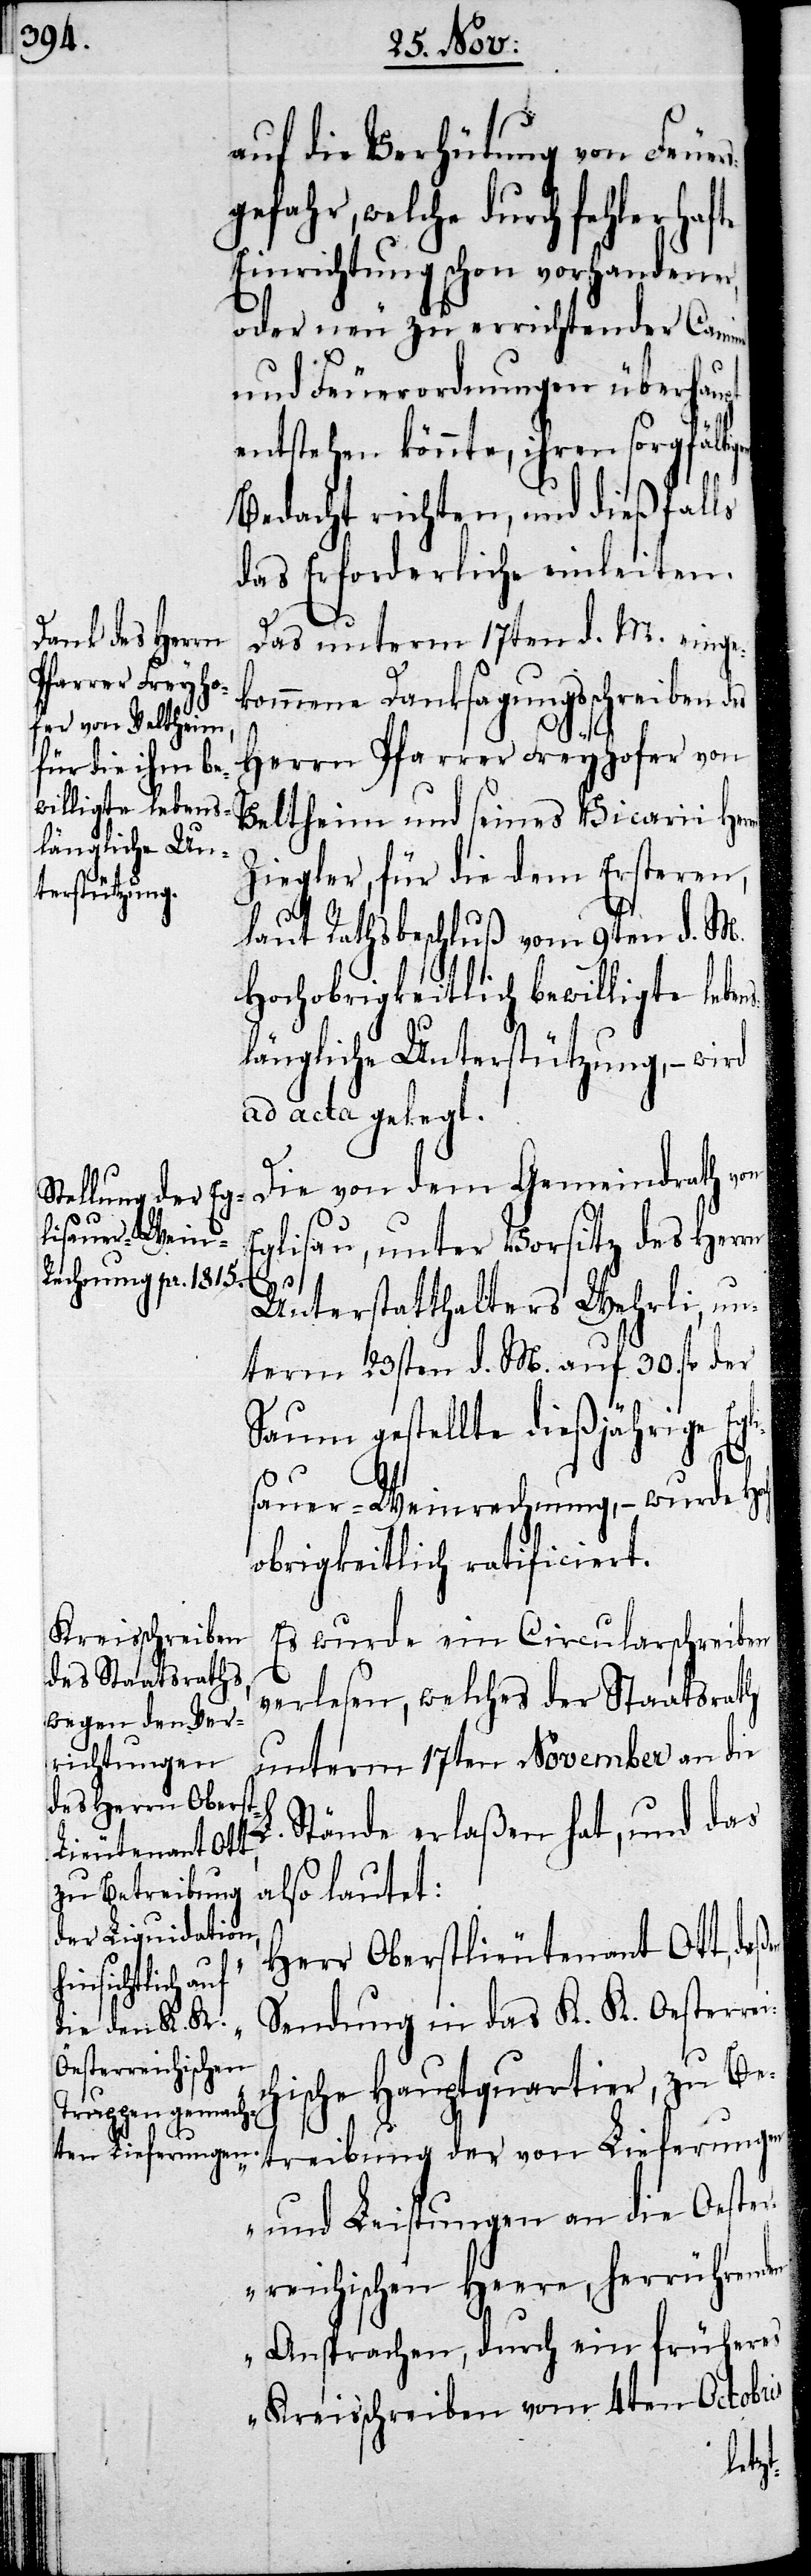
auf die Verhütung von Feuer¬
sgefahr, welche durch fehlerhafte
Einrichtung schon vorhandener,
oder neu zu errichtender Camine
und Feuerordnungen überhau¬
entstehen könnte, ihren sorgfälti¬
Bedacht richten, und dießfalls
das Erforderliche einleiten.
Das unterm 17ten d. M. einge¬
kommene Danksagungsschreiben des
ßen
Herrn Pfarrer Freyhofer von
Veltheim und seines Vicarii He¬
Ziegler, für die dem Ersteren,
laut Rathsbeschluß vom 9ten d. M.
Hochobrigkeitlich bewilligte lebe¬
längliche Unterstützung, – wird
ad acta gelegt.
Die von dem Gemeindrath von
Eglisau, unter Vorsitz des Herrn
Unterstatthalters Wehrli, un¬
term 23sten d. M. auf 30. fl. der
Saum gestellte dießjährige Egl¬
isauer-Weinrechnung, – wurde Hoch¬
obrigkeitlich ratificiert.
Es wurde ein Circularschreiben
verlesen, welches der Staatsrath
unterm 17ten November an die
Stände erlaßen hat, und das
also lautet:
„Herr Oberstlieutenant Ott, de¬
Sendung in das K. K. Oesterrei¬
chische Hauptquartier, zu Be¬
treibung der von Lieferungen
und Leistungen an die Oester¬
reichischen Heere, herrührenden
Ansprachen, durch ein früheres
Kreisschreiben vom 4ten Octobris